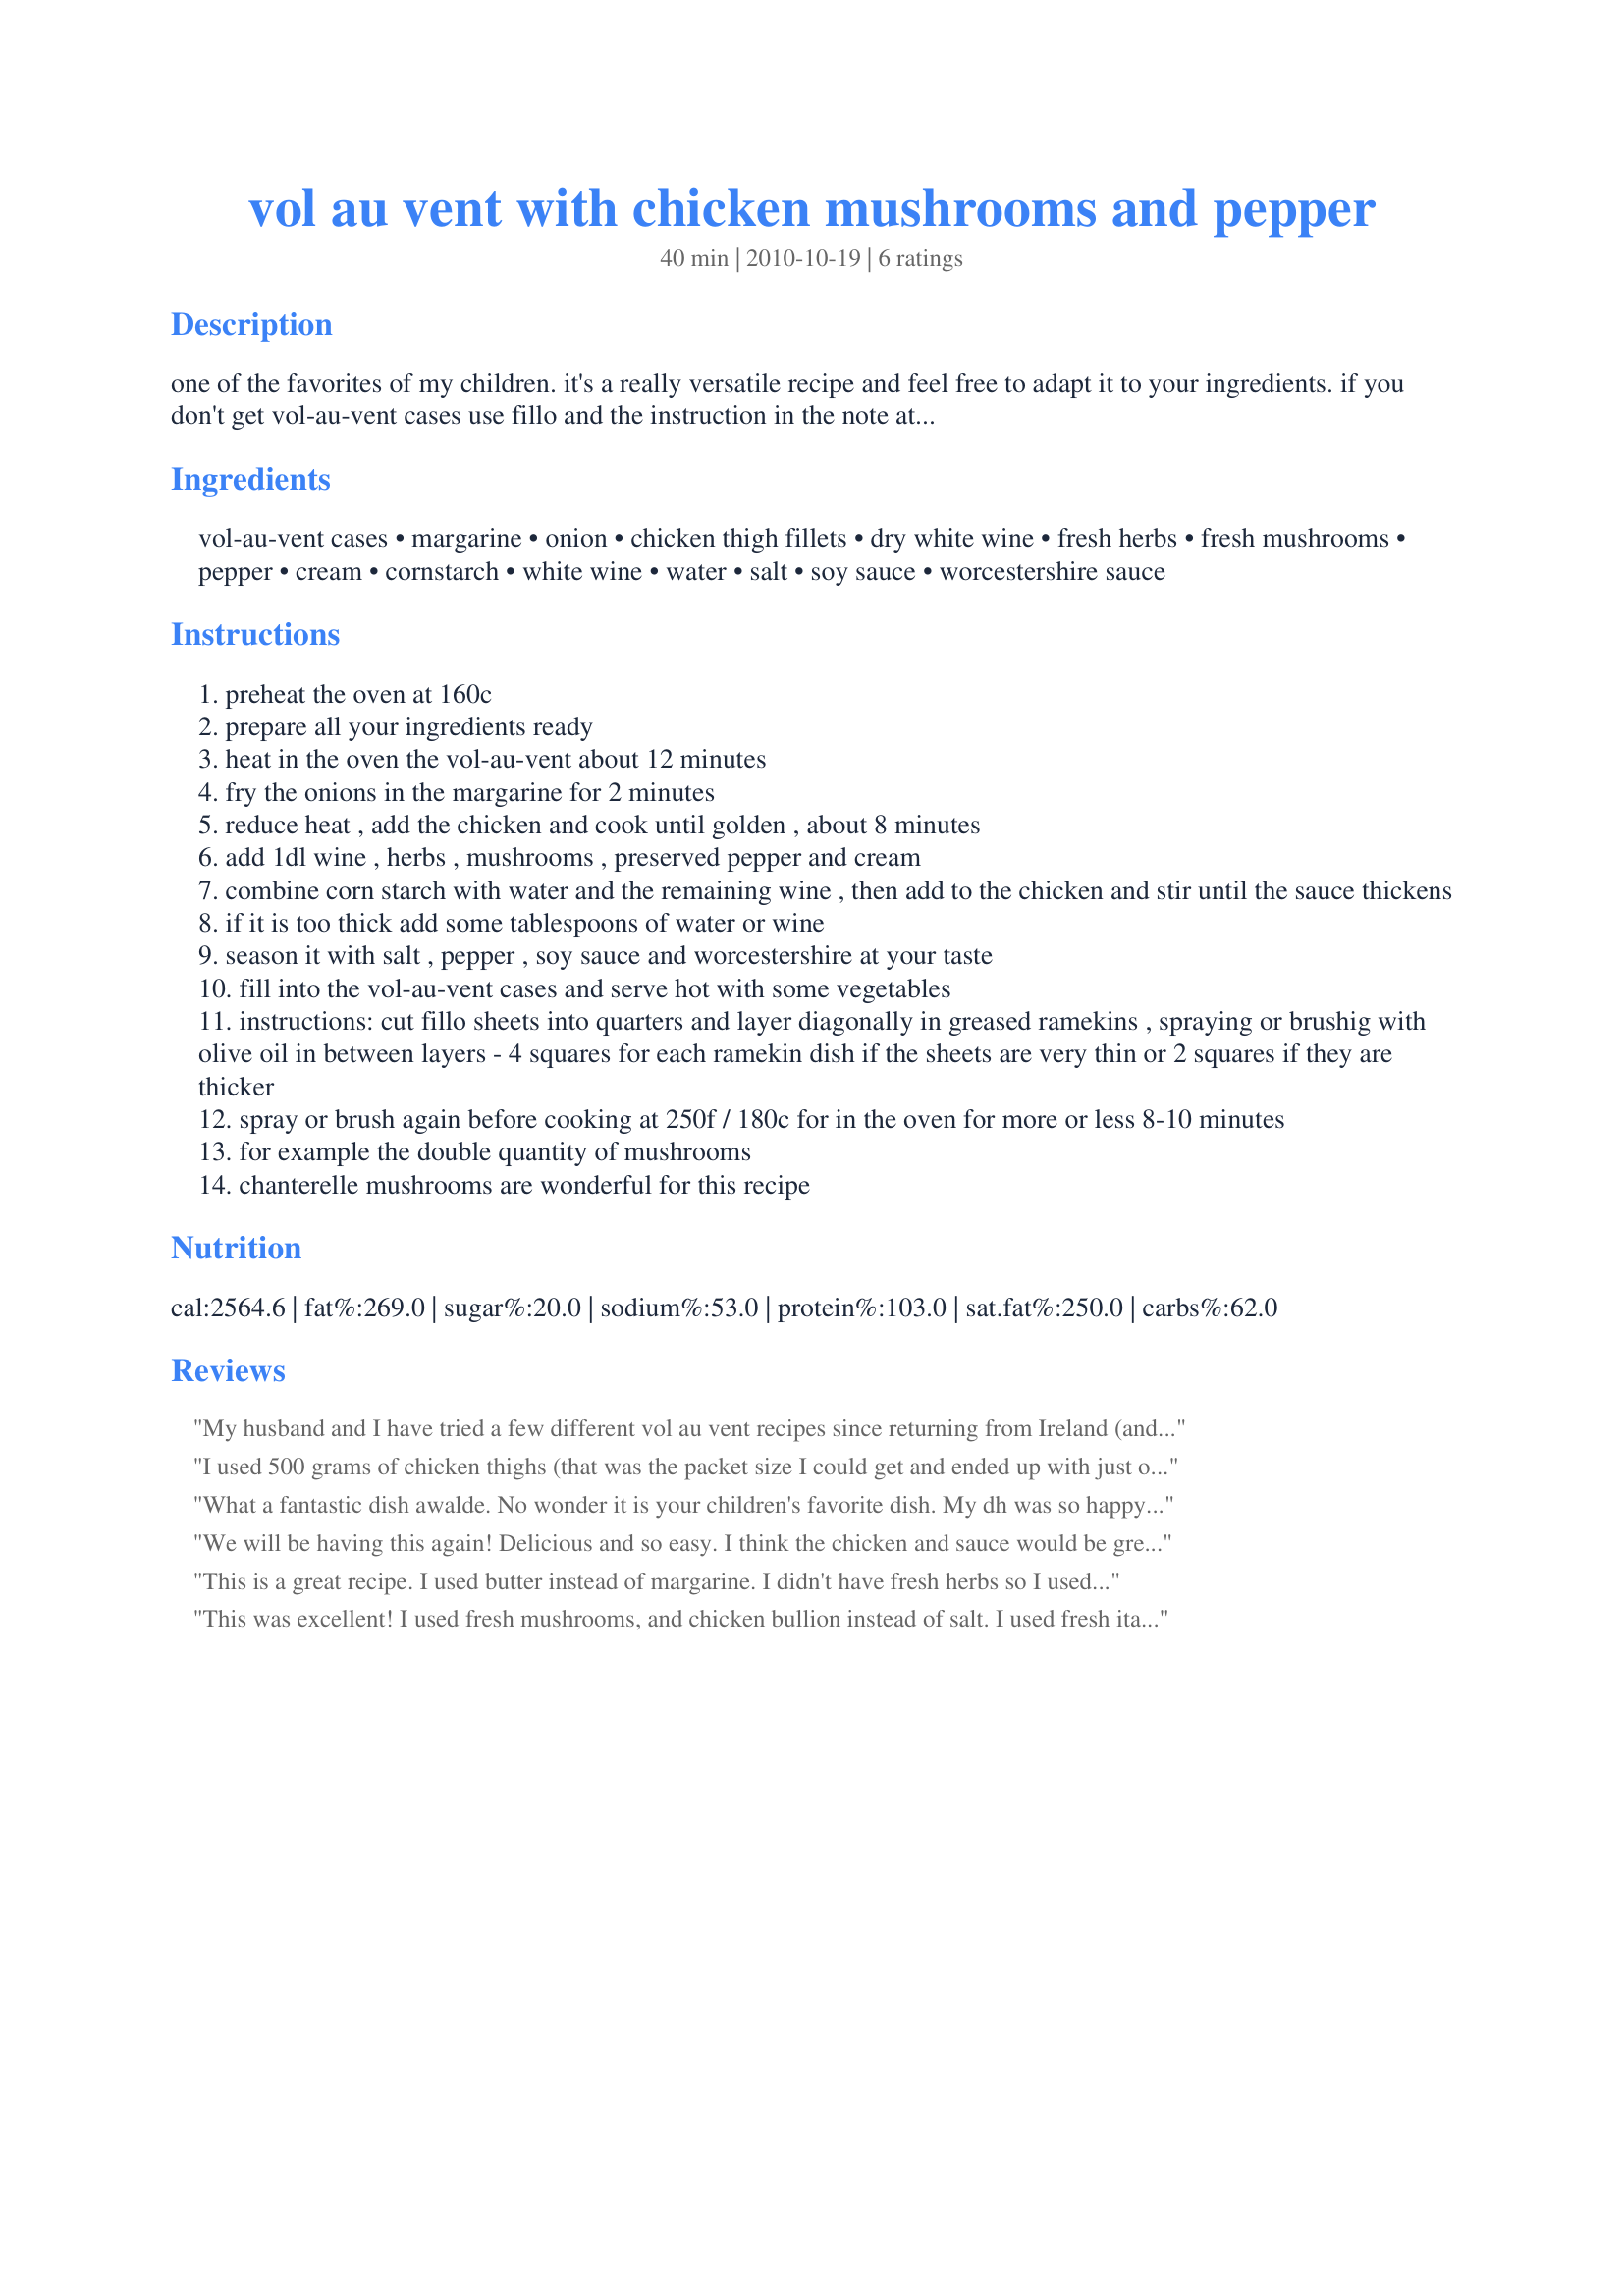
vol au vent with chicken mushrooms and pepper
Preparation time: 40 minutes

one of the favorites of my children.
it's a really versatile recipe and feel free to adapt it to your ingredients.
if you don't get vol-au-vent cases use fillo and the instruction in the note at the end of the directions.

Ingredients:
vol-au-vent cases, margarine, onion, chicken thigh fillets, dry white wine, fresh herbs, fresh mushrooms, pepper, cream, cornstarch, white wine, water, salt, soy sauce, worcestershire sauce

Steps:
preheat the oven at 160c
prepare all your ingredients ready
heat in the oven the vol-au-vent about 12 minutes
fry the onions in the margarine for 2 minutes
reduce heat , add the chicken and cook until golden , about 8 minutes
add 1dl wine , herbs , mushrooms , preserved pepper and cream
combine corn starch with water and the remaining wine , then add to the chicken and stir until the sauce thickens
if it is too thick add some tablespoons of water or wine
season it with salt , pepper , soy sauce and worcestershire at your taste
fill into the vol-au-vent cases and serve hot with some vegetables
instructions: cut fillo sheets into quarters and layer diagonally in greased ramekins , spraying or brushig with olive oil in between layers - 4 squares for each ramekin dish if the sheets are very thin or 2 squares if they are thicker
spray or brush again before cooking at 250f / 180c for in the oven for more or less 8-10 minutes
for example the double quantity of mushrooms
chanterelle mushrooms are wonderful for this recipe

Reviews:
My husband and I have tried a few different vol au vent recipes since returning from Ireland (and falling in love with it there). We like this recipe the best! I have no idea what pink pepper is and so I ommitted that. Also, I didn't have any fresh herbs, so I used herbs from a tube. It was my first time using that product and it was a nice substitute. Otherwise, we followed the recipe exactly. We feel this is company worthy. Thank you so much!
I used 500 grams of chicken thighs (that was the packet size I could get and ended up with just over 400 grams of meat once excess fat and tissue was cut away) and only used a 150ml of thickened cream (that was all I had but it was plenty could cut it back to 100ml and I think it would still be alright) that with rice and side was more than enough for 3 of us with vol-au-vents (3 x25grqams each). For the herbs I chose lemon thyme and rosemary fresh from the garden and it is here I think you really need to be careful about your choice of herbs, I used about 3/4 rosemary and 1/4 lemon thyme and the rosemary was a little too strong (so maybe add herbs individually). I did have one very unfortunately :oops: moments in that I was so sure I had a can of green peppercorns in the pantry I did not so all I could use was dried mixed peppercorns freshly grounded but on personal taste would omit the soy but definately include the worcestershire. Served with steamed gal lan (chinese broccolini) and steamed rice. A very enjoyable main, thank you awalde, made for Make My Recipe - Summer Edition (Ausie forum).
What a fantastic dish awalde. No wonder it is your children's favorite dish. My dh was so happy last night as he ate it. It was wonderful, tender chicken, sweet onions and fresh mushrooms encased in a beautiful light pastry covered in a beautiful blanket of sauce. The sauce was outstanding, truly a dish worthy of family and company. Thank you so much for sharing. Made for my teammate Awalde for ZWT7 Witchin Kitchen.
We will be having this again! Delicious and so easy. I think the chicken and sauce would be great on pasta also. I might add a bit of garlic next time. I snipped some fresh chives on top before serving.
This is a great recipe. I used butter instead of margarine. I didn't have fresh herbs so I used dried thyme. I used fresh mushrooms and baked them longer. Next time I'll add them at the same time as the onions. I used half and half cream and a dash of soy sauce. It was great. Me and DH liked this a lot. Thanks awalde :) Made for PRMR tag game
This was excellent! I used fresh mushrooms, and chicken bullion instead of salt. I used fresh italian herbs in a tube :)<br/>used a little bit of soy and green peppercorns.<br/>I served this over penne pasta, with rounds of puff pastry.<br/>highly recommend this dish! made for aussie swap, feb 2011
